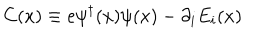
LaTeX: C ( x ) \equiv e \psi ^ { \dagger } ( x ) \psi ( x ) - \partial _ { i } E _ { i } ( x )